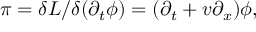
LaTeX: \pi = \delta L / \delta ( \partial _ { t } \phi ) = ( \partial _ { t } + v \partial _ { x } ) \phi ,